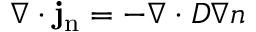
\nabla \cdot \mathbf { j } _ { \mathrm { { n } } } = - \nabla \cdot D \nabla n